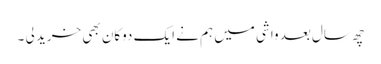
چھ سال بعد واشی میں ہم نے ایک دوکان بھی خرید لی ۔